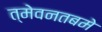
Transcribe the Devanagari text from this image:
त्मेवनतबमे